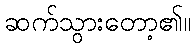
ဆက်သွားတော့၏။